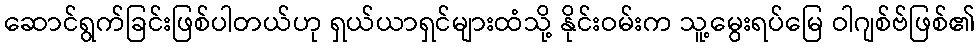
ဆောင်ရွက်ခြင်းဖြစ်ပါတယ်ဟု ရှယ်ယာရှင်များထံသို့ နိုင်းဝမ်းက သူ့မွေးရပ်မြေ ဝါဂျစ်ဗ်ဖြစ်၏